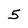
Character: 5